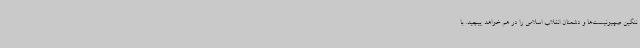
ننگین صهیونیست‌ها و دشمنان انقلاب اسلامی را در هم خواهد پیچید. با